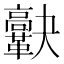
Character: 𩍯